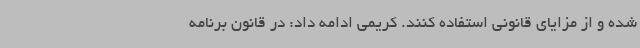
شده و از مزایای قانونی استفاده کنند. کریمی ادامه داد: در قانون برنامه